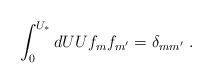
\begin{align*}\int_0^{U_*} dU U f_m f_{m'} = \delta_{mm'}~.\end{align*}